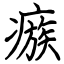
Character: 瘯